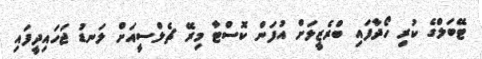
ޓޭބަލްގެ ކުރި ހޯދާފައި ބްރެޒީލަށް އުފަން ކޮސްޓާ މިރޭ ޗެލްސީއަށް ލަނޑު ޖަހައިދީފައި